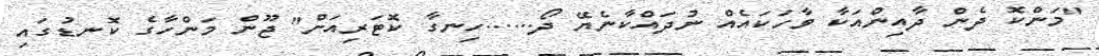
"މަންކޮ ދެން ދާއިންއަކާ ވާހަކައެއް ނުދައްކާނެޔޭ ދޯ......ހިނގާ ކޮޓަރިއަށް" ޖޫން މަންހާގެ ކޮނޑުގައި